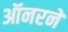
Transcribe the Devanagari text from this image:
ऑनरने